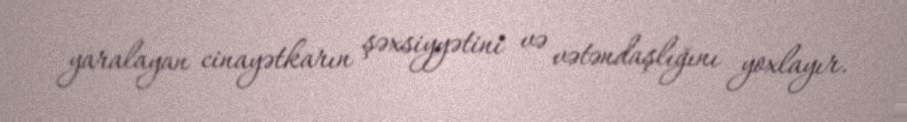
yaralayan cinayətkarın şəxsiyyətini və vətəndaşlığını yoxlayır.